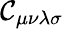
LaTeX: \mathcal{C}_{\mu\nu\lambda\sigma}